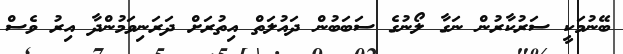
ބޭނުމަކީ ސަރުކާރުން ނަގާ ލޯނުގެ ސަބަބުން ދައުލަތް އިތުރަށް ދަރަނިވަމުންދާ އިރު ވެސް